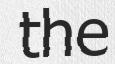
the